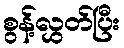
စွန့်လွှတ်ပြီး